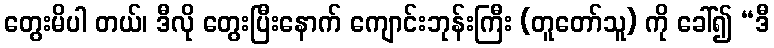
တွေးမိပါ တယ်၊ ဒီလို တွေးပြီးနောက် ကျောင်းဘုန်းကြီး (တူတော်သူ) ကို ခေါ်၍ “ဒီ